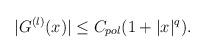
LaTeX: \begin{align*} |G^{(l)}(x)| \le C_{pol}(1+|x|^{q}) .\end{align*}